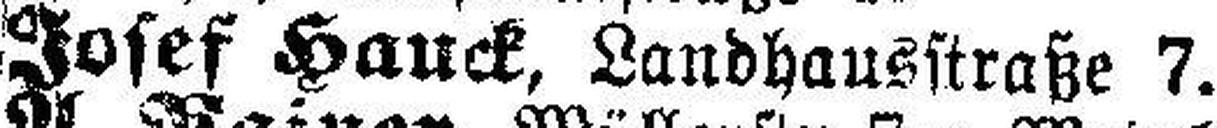
Josef Hauck, Landhausstraße 7.